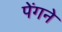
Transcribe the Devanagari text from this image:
पेंगने